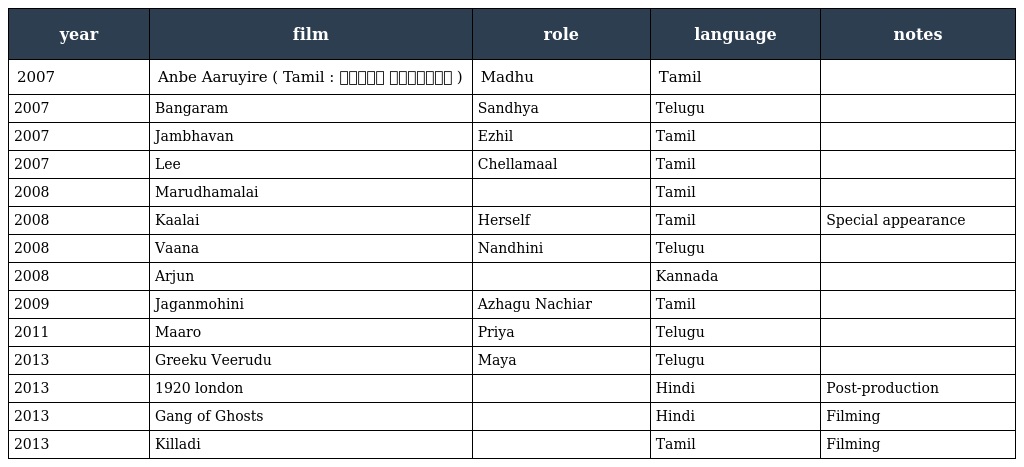
| year | film | role | language | notes |
 | --- | --- | --- | --- | --- |
 | 2007 | Anbe Aaruyire ( Tamil : அன்பே ஆருயிரே ) | Madhu | Tamil |  |
 | 2007 | Bangaram | Sandhya | Telugu |  |
 | 2007 | Jambhavan | Ezhil | Tamil |  |
 | 2007 | Lee | Chellamaal | Tamil |  |
 | 2008 | Marudhamalai |  | Tamil |  |
 | 2008 | Kaalai | Herself | Tamil | Special appearance |
 | 2008 | Vaana | Nandhini | Telugu |  |
 | 2008 | Arjun |  | Kannada |  |
 | 2009 | Jaganmohini | Azhagu Nachiar | Tamil |  |
 | 2011 | Maaro | Priya | Telugu |  |
 | 2013 | Greeku Veerudu | Maya | Telugu |  |
 | 2013 | 1920 london |  | Hindi | Post-production |
 | 2013 | Gang of Ghosts |  | Hindi | Filming |
 | 2013 | Killadi |  | Tamil | Filming |